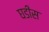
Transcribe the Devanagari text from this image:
घडीस